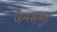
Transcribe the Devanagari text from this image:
हिमसमूह